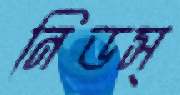
নিডস্